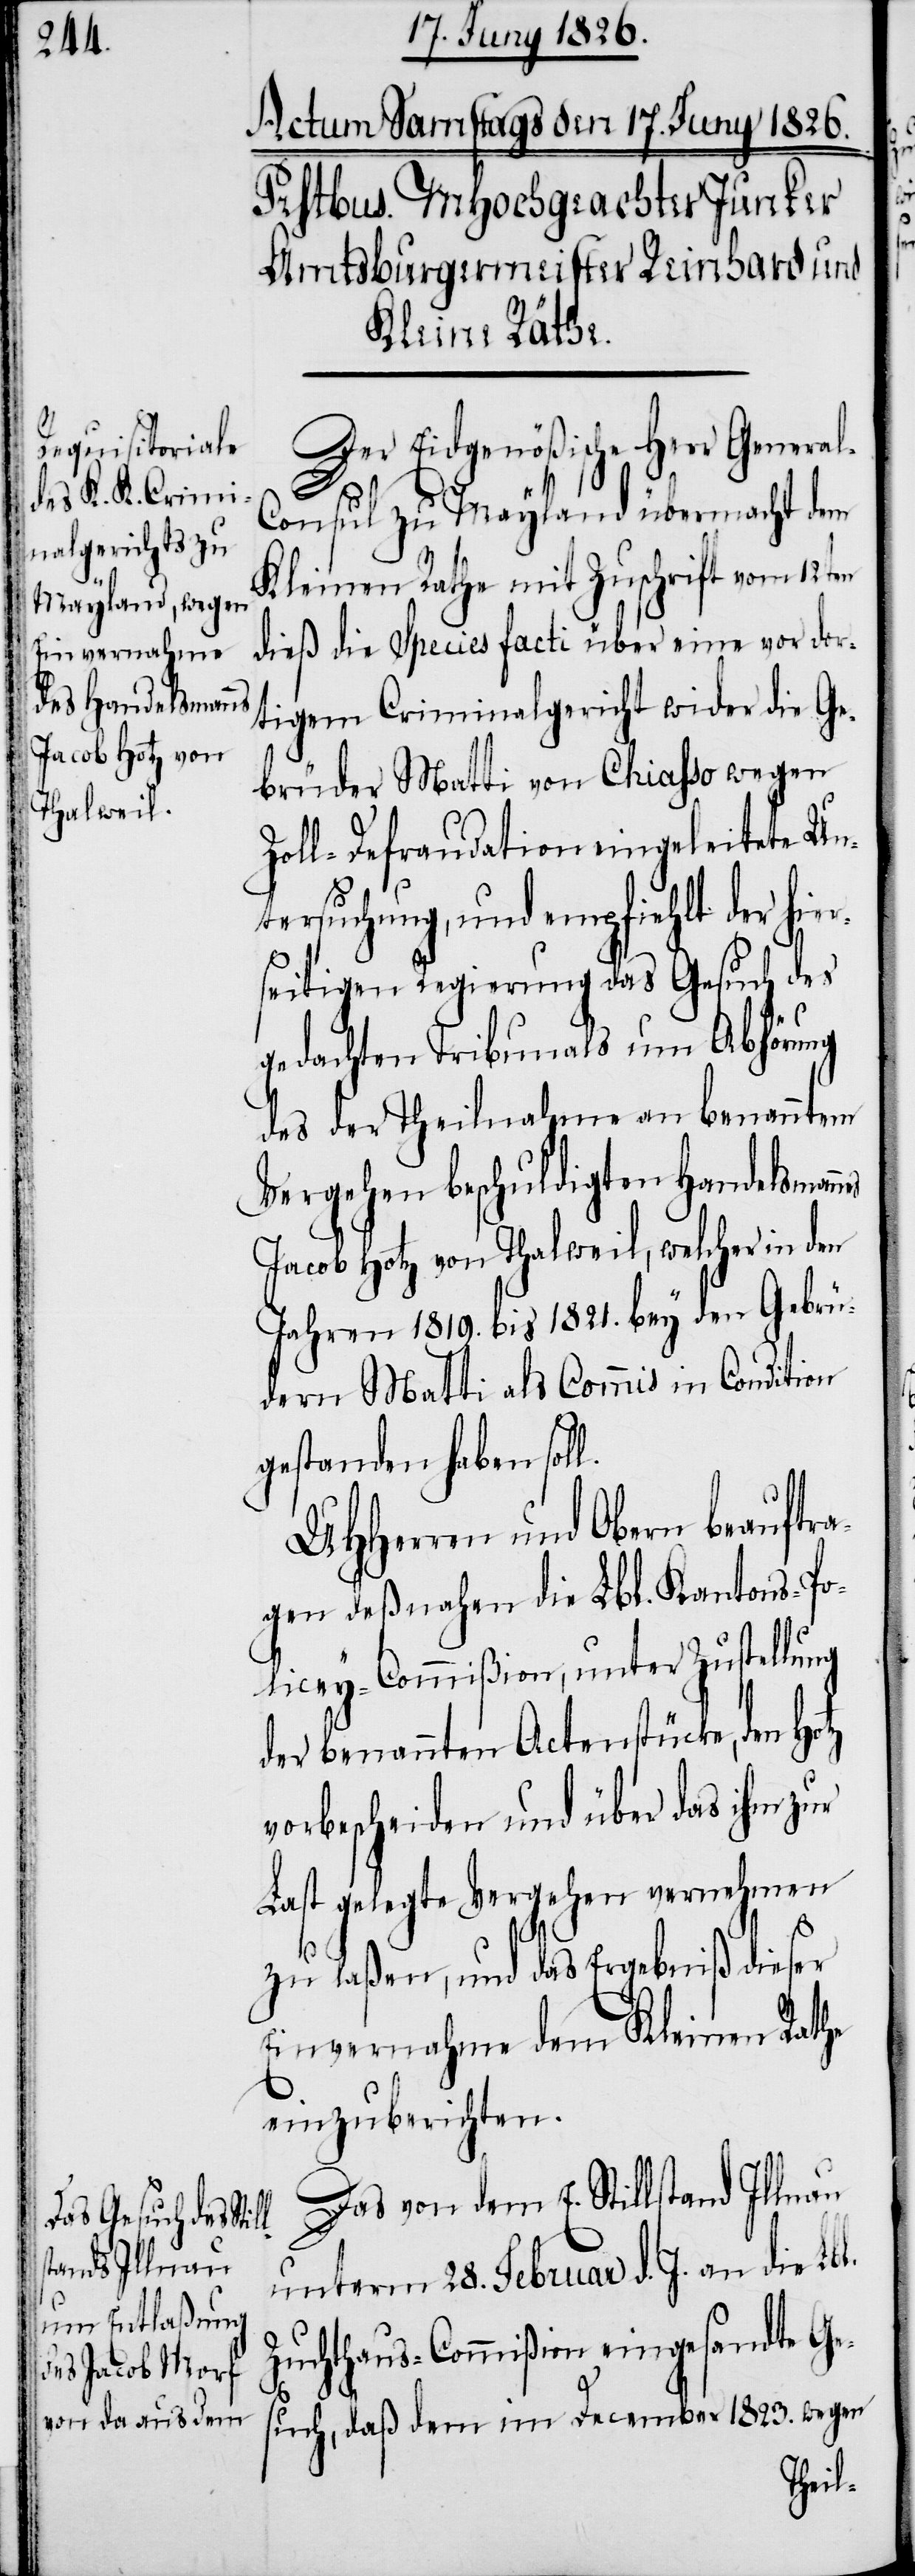
Der Eidgenößische Herr Genera¬
l.
l-Consul zu Mayland übermacht dem
Kleinen Rathe mit Zuschrift vom 12ten
dieß die Species facti über eine vor dor¬
tigem Criminalgericht wider die Ge¬
brüder Matti von Chiasso wegen
Zoll-Defraudation eingeleitete Un¬
tersuchung, und empfiehlt der hi¬
seitigen Regierung das Gesuch des
gedachten Tribunals um Abhörung
des der Theilnahme an benanntem
Vergehen beschuldigten Handelsman¬
Jacob Hotz von Thalweil, welcher in den
Jahren 1819. bis 1821. bey den Gebrü¬
dern Matti als Commis in Condition
gestanden haben soll.
UHHerren und Obern beauftra¬
gen deßnahen die Lbl. Kantons-Po¬
licey-Commißion, unter Zustellung
der benannten Actenstücke, den
vorbescheiden und über das ihm zur
Last gelegte Vergehen vernehmen
zu laßen, und das Ergebniß dieser
Einvernahme dem Kleinen Rathe
einzuberichten.
Das von dem E. Stillstand Illnau
unterm 28. Februar d. J. an die Lb¬
Zuchthaus-Commißion eingesandte Ge¬
such, daß dem im December 1823. wegen